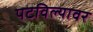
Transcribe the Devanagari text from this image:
पटविल्यावर